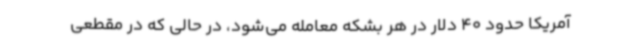
آمریکا حدود 40 دلار در هر بشکه معامله می‌شود، در حالی که در مقطعی